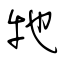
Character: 牠